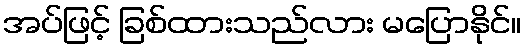
အပ်ဖြင့် ခြစ်ထားသည်လား မပြောနိုင်။